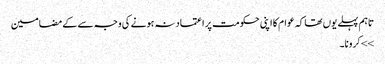
تاہم پہلے یوں تھا کہ عوام کا اپنی حکومت پر اعتماد نہ ہونے کی وجہ سے کے مضامین
>> کرونا۔